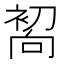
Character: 𰈜